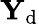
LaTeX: {\mathbf Y}_{\mathrm{d}}